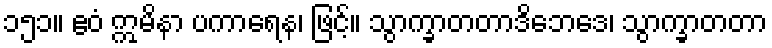
၁၅၁။ ဧဝံ ဣမိနာ ပကာရေန၊ ဖြင့်။ သွာက္ခာတတာဒိဘေဒေ၊ သွာက္ခာတတာ